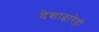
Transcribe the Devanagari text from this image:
देशाद्वारेही